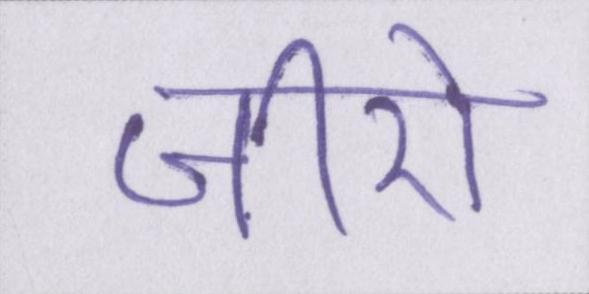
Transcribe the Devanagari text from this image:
जीरो